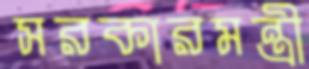
সরকারমন্ত্রী